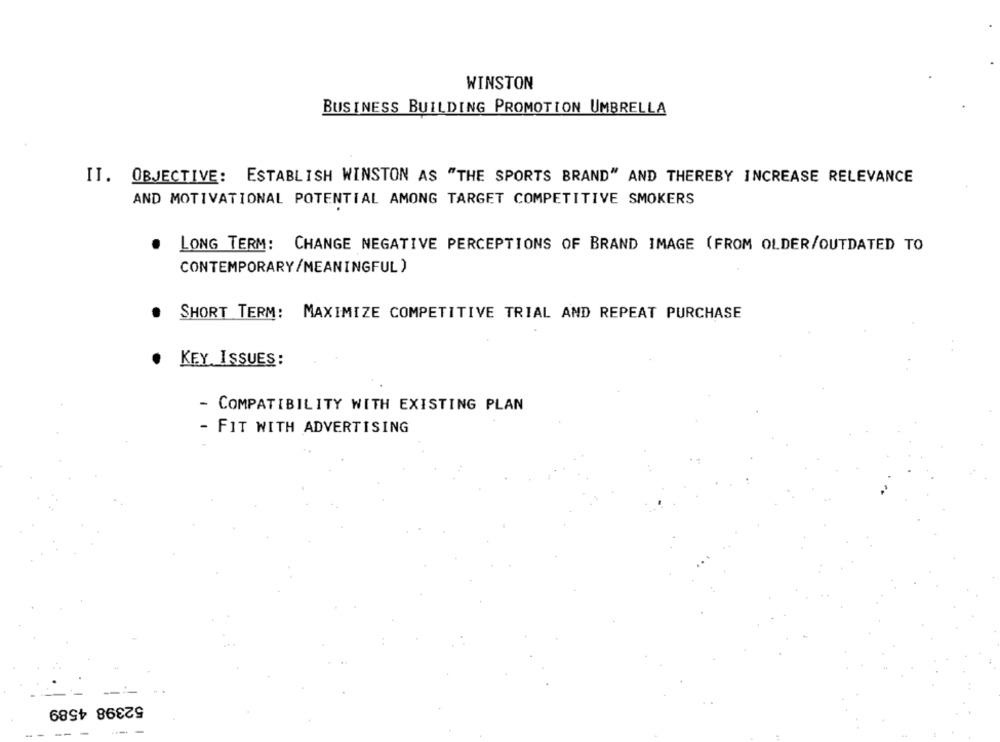
WINSTON
BUSINESS BUILDING PROMOTION UMBRELLA
IT. OBJECTIVE: ESTABLISH WINSTON AS "THE SPORTS BRAND" AND THEREBY INCREASE RELEVANCE
AND MOTIVATIONAL POTENTIAL AMONG TARGET COMPETITIVE SMOKERS
LONG TERM: CHANGE NEGATIVE PERCEPTIONS OF BRAND IMAGE (FROM OLDER/OUTDATED TO
CONTEMPORARY/MEANINGFUL )
.
SHORT TERM: MAXIMIZE COMPETITIVE TRIAL AND REPEAT PURCHASE
. KEY ISSUES:
- COMPATIBILITY WITH EXISTING PLAN
- FIT WITH ADVERTISING
52398 4589